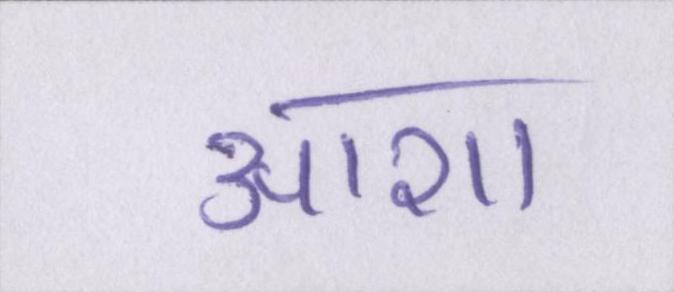
आशा